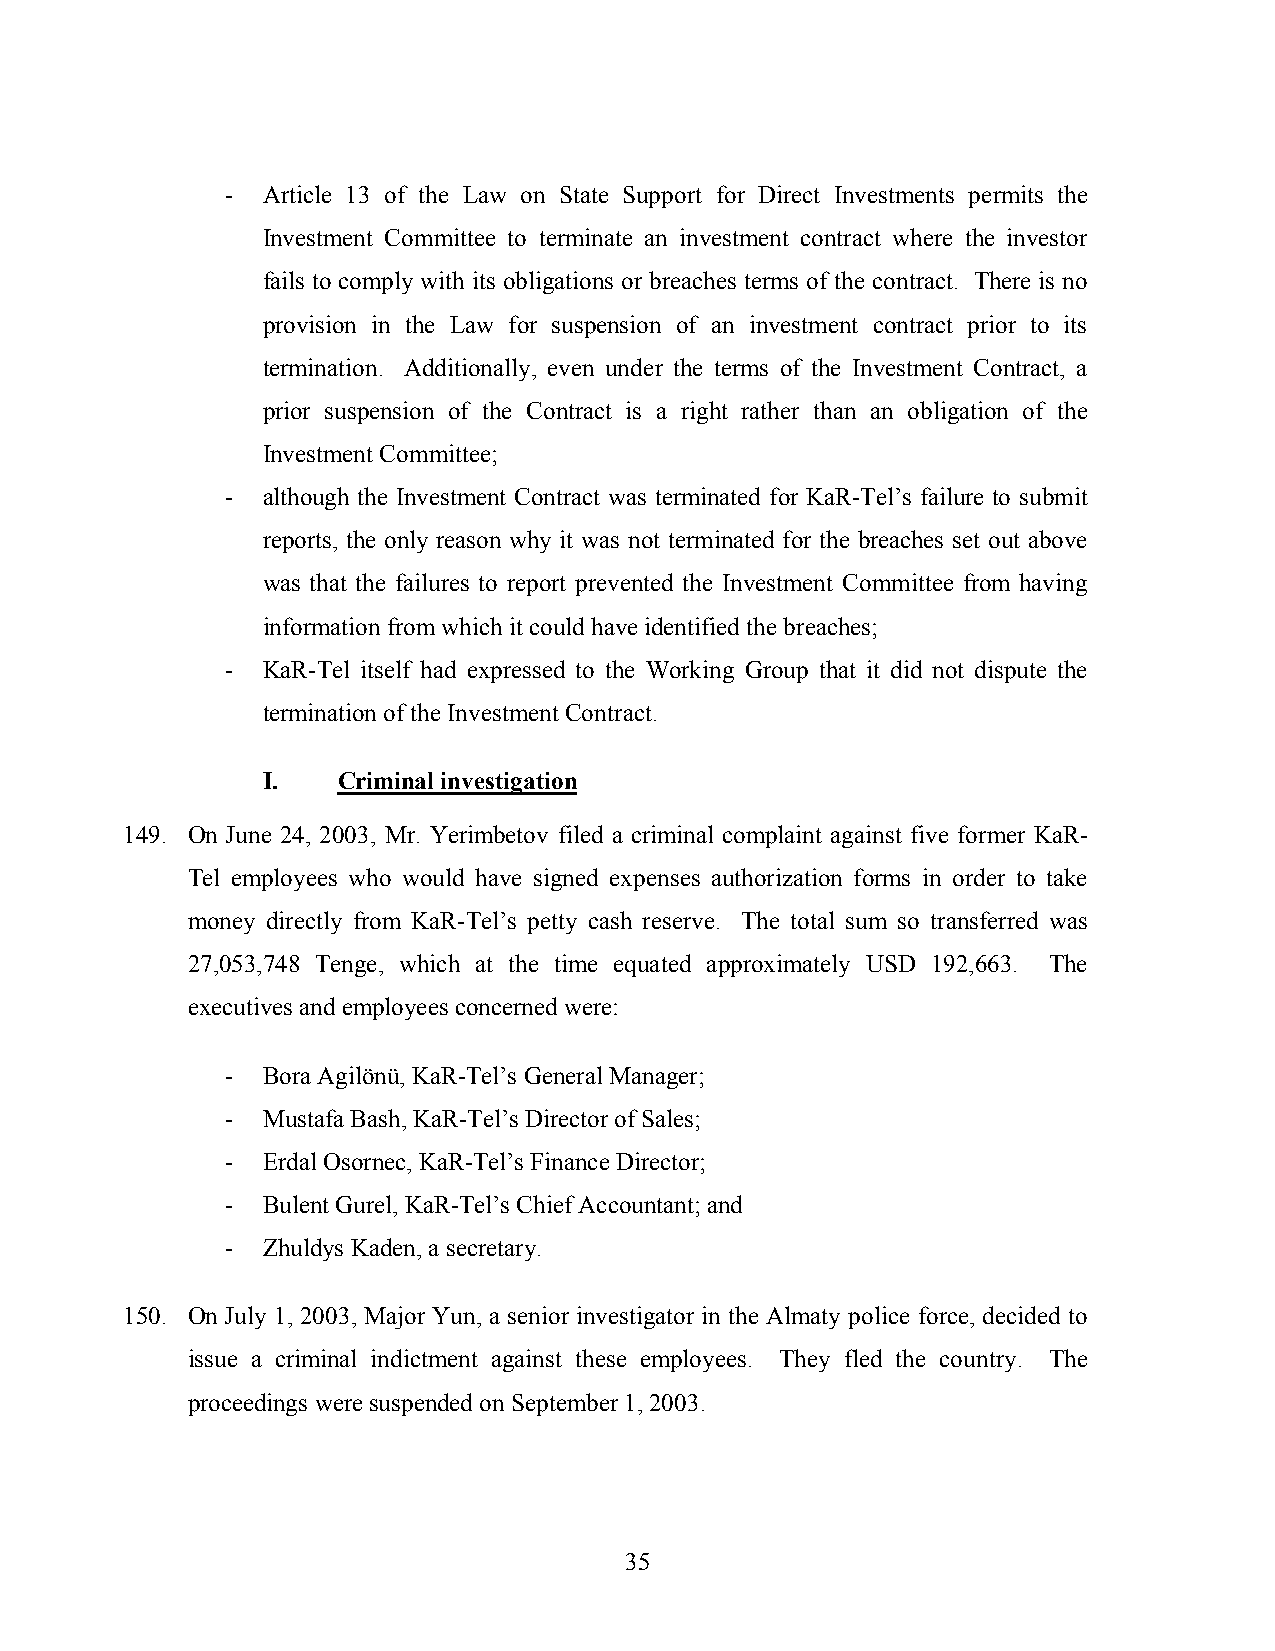
- Article 13 of the Law on State Support for Direct Investments permits the
 Investment Committee to terminate an investment contract where the investor
 fails to comply with its obligations or breaches terms of the contract. There is no
 provision in the Law for suspension of an investment contract prior to its
 termination. Additionally, even under the terms of the Investment Contract, a
 prior suspension of the Contract is a right rather than an obligation of the
 Investment Committee;
 - although the Investment Contract was terminated for KaR-Tel’s failure to submit
 reports, the only reason why it was not terminated for the breaches set out above
 was that the failures to report prevented the Investment Committee from having
 information from which it could have identified the breaches;
 - KaR-Tel itself had expressed to the Working Group that it did not dispute the
 termination of the Investment Contract.
 I.   Criminal investigation
 149. On June 24, 2003, Mr. Yerimbetov filed a criminal complaint against five former KaR-
 Tel employees who would have signed expenses authorization forms in order to take
 money directly from KaR-Tel’s petty cash reserve. The total sum so transferred was
 27,053,748 Tenge, which at the time equated approximately USD 192,663. The
 executives and employees concerned were:
 - Bora Agilönü, KaR-Tel’s General Manager;
 - Mustafa Bash, KaR-Tel’s Director of Sales;
 - Erdal Osornec, KaR-Tel’s Finance Director;
 - Bulent Gurel, KaR-Tel’s Chief Accountant; and
 - Zhuldys Kaden, a secretary.
 150. On July 1, 2003, Major Yun, a senior investigator in the Almaty police force, decided to
 issue a criminal indictment against these employees. They fled the country. The
 proceedings were suspended on September 1, 2003.
 35